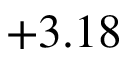
+ 3 . 1 8